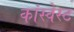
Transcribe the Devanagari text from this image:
कांस्वेस्ट